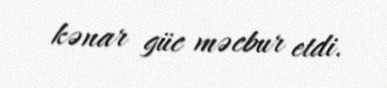
kənar güc məcbur etdi.